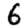
Digit: 6